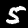
Label: 5